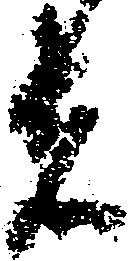
者